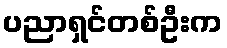
ပညာရှင်တစ်ဦးက